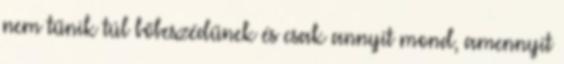
nem tűnik túl bőbeszédűnek és csak annyit mond, amennyit